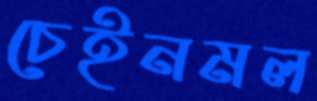
চেইনমল